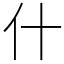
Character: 什